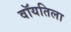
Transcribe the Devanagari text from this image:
वॉयतिला